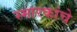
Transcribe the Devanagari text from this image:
स्मारकांचे